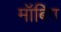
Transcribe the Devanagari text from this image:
मॉबिंग